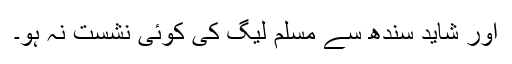
اور شاید سندھ سے مسلم لیگ کی کوئی نشست نہ ہو۔